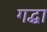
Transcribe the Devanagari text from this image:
गद्धा